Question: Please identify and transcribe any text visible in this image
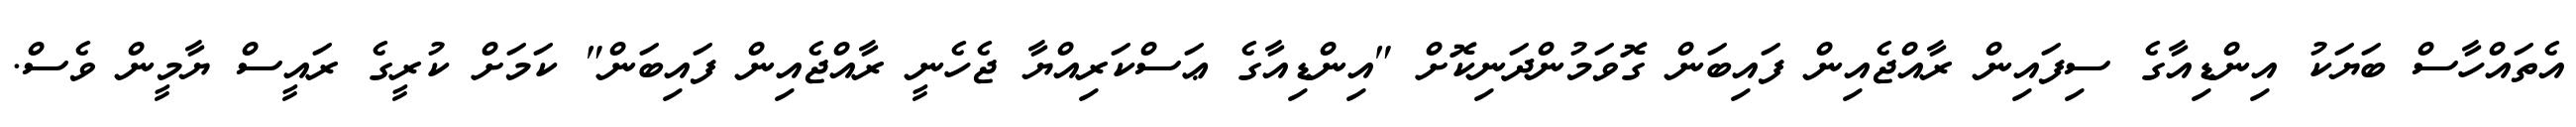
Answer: އެތައްހާސް ބަޔަކު އިންޑިއާގެ ސިފައިން ރާއްޖެއިން ފައިބަން ގޮވަމުންދަނިކޮށް "އިންޑިއާގެ ޢަސްކަރިއްޔާ ޖެހެނީ ރާއްޖެއިން ފައިބަން" ކަމަށް ކުރީގެ ރައީސް ޔާމީން ވެސް.